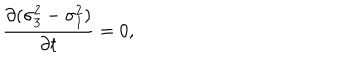
{ \frac { \partial ( \sigma _ { 3 } ^ { 2 } - \sigma _ { 1 } ^ { 2 } ) } { \partial t } } = 0 ,